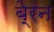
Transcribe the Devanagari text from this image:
बे्रन